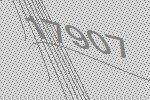
17907